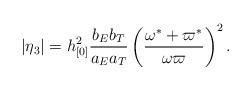
LaTeX: \begin{align*}|\eta _{3}|=h_{[0]}^{2}\frac{b_{E}b_{T}}{a_{E}a_{T}}\left( \frac{\omega^{\ast }+\varpi ^{\ast }}{\omega \varpi }\right) ^{2}.\end{align*}